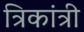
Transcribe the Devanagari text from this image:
त्रिकांत्री